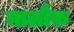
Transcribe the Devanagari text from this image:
मालौफ़